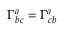
\Gamma _ { b c } ^ { a } = \Gamma _ { c b } ^ { a }